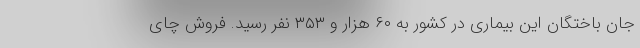
جان باختگان این بیماری در کشور به ۶۰ هزار و ۳۵۳ نفر رسید. فروش چای